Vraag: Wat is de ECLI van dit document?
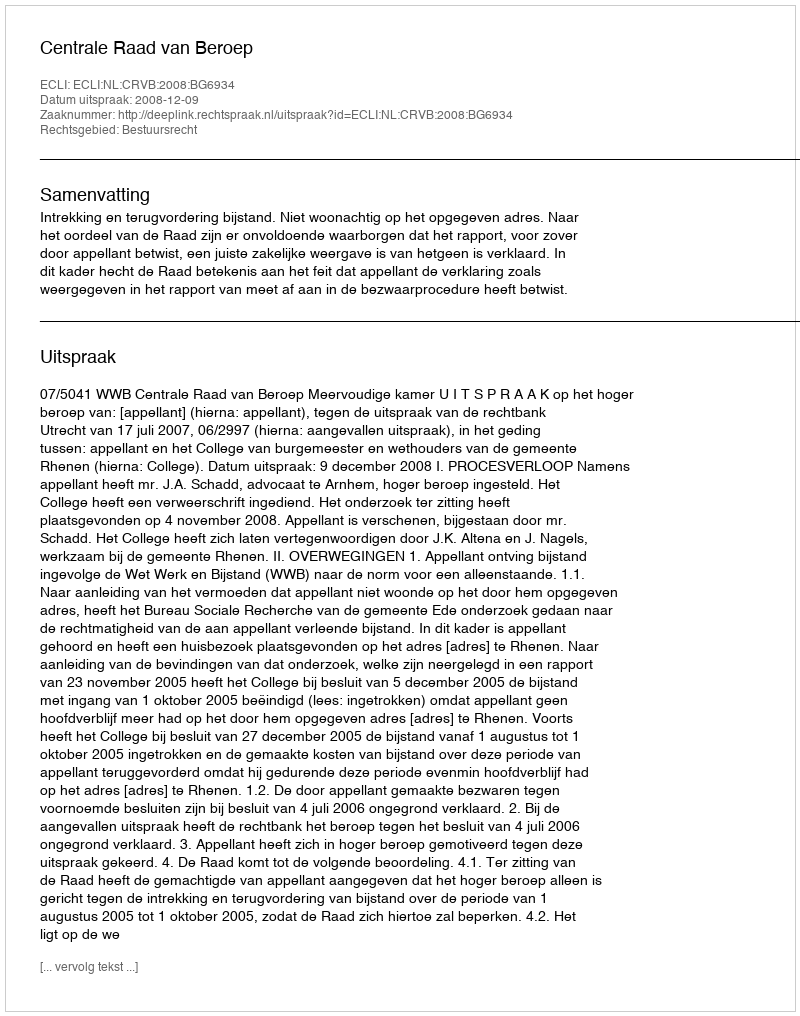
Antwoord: ECLI:NL:CRVB:2008:BG6934